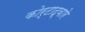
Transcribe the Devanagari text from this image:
कोर्टाद्वारे